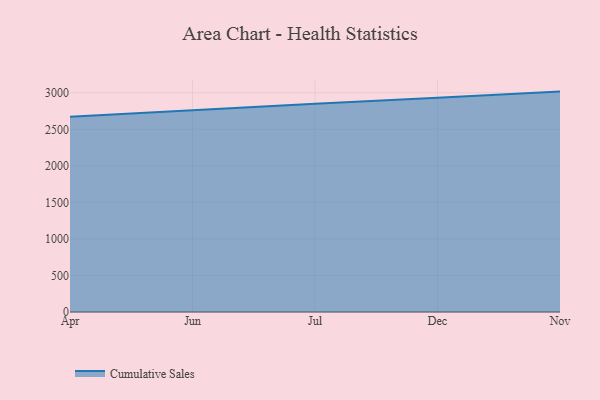
{"axis": {"x": "Month", "y": "Website Visitors"}, "legend": ["Cumulative Sales"], "data": [{"x": "Apr", "y": 2670.3, "type": "Cumulative Sales"}, {"x": "Jun", "y": 2764.5, "type": "Cumulative Sales"}, {"x": "Jul", "y": 2849.5, "type": "Cumulative Sales"}, {"x": "Dec", "y": 2931.3, "type": "Cumulative Sales"}, {"x": "Nov", "y": 3015.9, "type": "Cumulative Sales"}]}